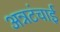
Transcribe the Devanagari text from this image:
अन्नटंचाई